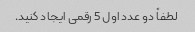
لطفاً دو عدد اول 5 رقمی ایجاد کنید.